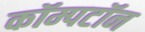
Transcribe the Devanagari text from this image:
कॉम्पटॉन